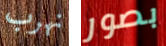
نهرب بصور